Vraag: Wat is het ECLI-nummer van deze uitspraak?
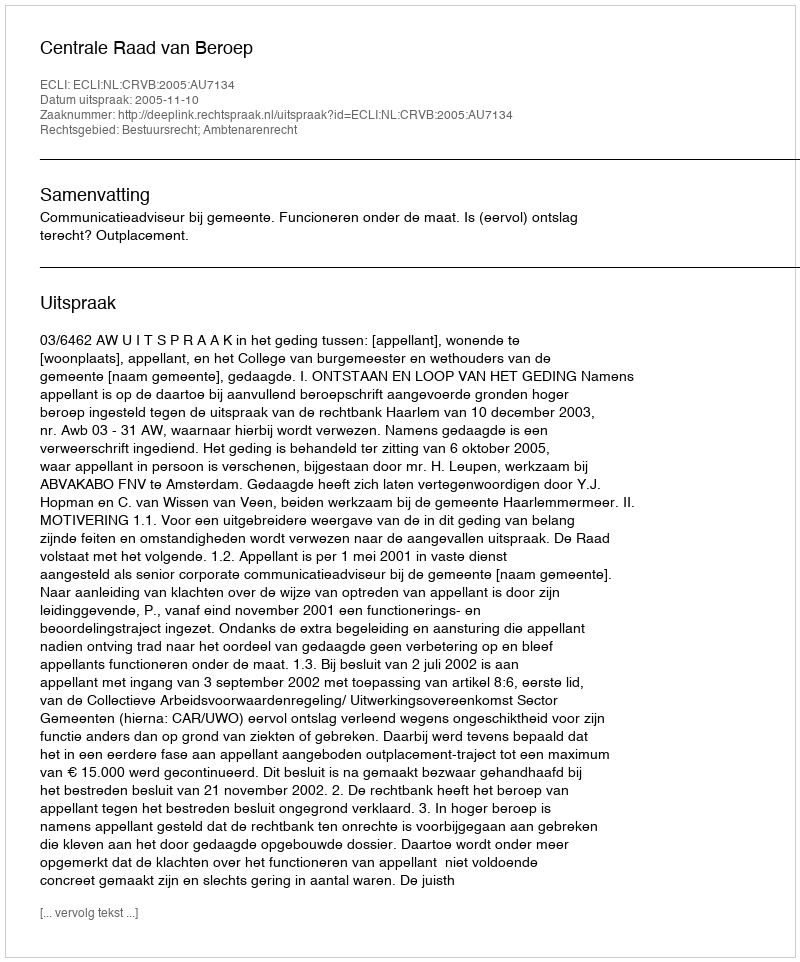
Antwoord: ECLI:NL:CRVB:2005:AU7134